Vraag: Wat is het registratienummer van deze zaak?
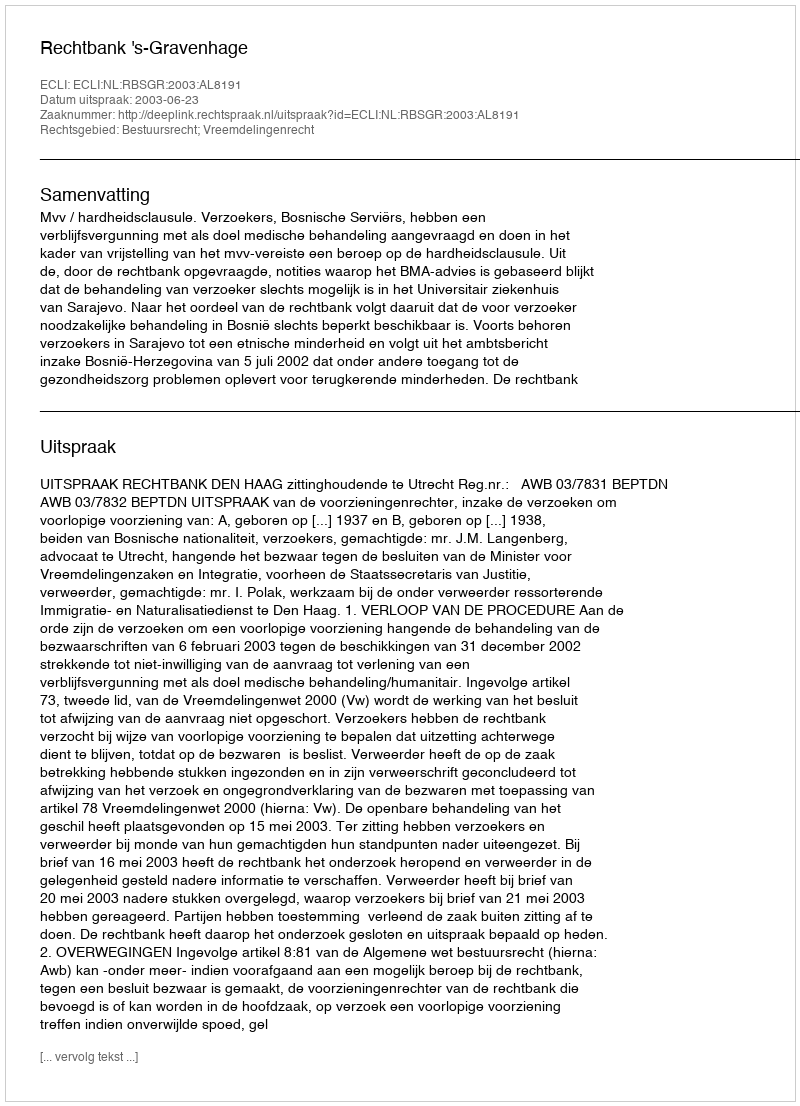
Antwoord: http://deeplink.rechtspraak.nl/uitspraak?id=ECLI:NL:RBSGR:2003:AL8191